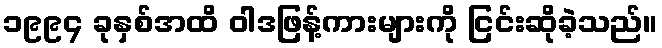
၁၉၉၄ ခုနှစ်အထိ ဝါဒဖြန့်ကားများကို ငြင်းဆိုခဲ့သည်။